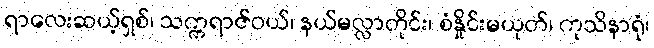
ရာလေးဆယ့်ရှစ်၊ သက္ကရာဇ်ဝယ်၊ နယ်မလ္လာတိုင်း၊ စံနှိုင်းမယုတ်၊ ကုသိနာရုံ၊